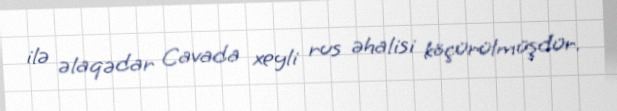
ilə əlaqədar Cavada xeyli rus əhalisi köçürülmüşdür.